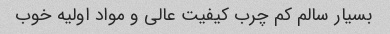
بسیار سالم کم چرب کیفیت عالی و مواد اولیه خوب